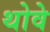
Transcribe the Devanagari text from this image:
थोवे